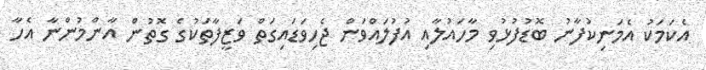
އެކަމަކު އެމަނިކުފާނު ބޮޑުފުޅުވި މާހައުލާއި އުފުލައްވަން ޖެހިވަޑައިގަތް ވަޒީފާތަކުގެ ގޮތުން އާންމުންނާ އެހާ